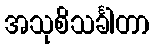
အသုစိသင်္ခါတာ